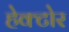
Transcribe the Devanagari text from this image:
हेक्टोर